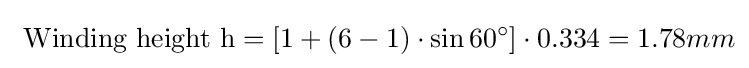
{\text{ Winding height h}}=[1+(6-1)\cdot \sin 60^{\circ }]\cdot 0.334=1.78mm